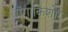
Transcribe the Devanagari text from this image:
गंगाकिशोर